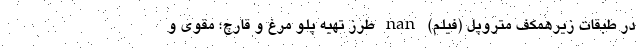
در طبقات زیرهمکف متروپل (فیلم) nan طرز تهیه پلو مرغ و قارچ؛ مقوی و